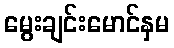
မွေးချင်းမောင်နှမ